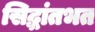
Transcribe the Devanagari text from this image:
सिद्धांतभत